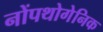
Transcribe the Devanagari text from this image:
नोंपथोगेनिक